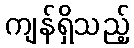
ကျန်ရှိသည့်